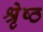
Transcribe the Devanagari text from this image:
श्रृेष्ठ